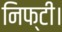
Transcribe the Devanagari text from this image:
निफ्टी।